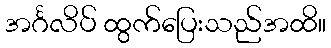
အင်္ဂလိပ် ထွက်ပြေးသည်အထိ။